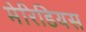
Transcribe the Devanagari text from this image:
मेरिडियस